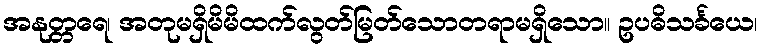
အနုတ္တရေ၊ အတုမရှိမိမိထက်လွတ်မြတ်သောတရာမရှိသော။ ဥပဓိသင်္ခယေ၊